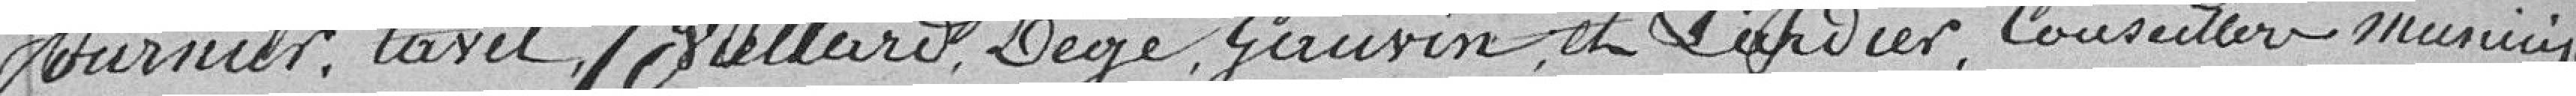
Fournier, Lavel,   Degré, Gauvin et Lardier, conseillers municipaux